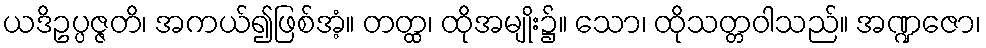
ယဒိဥပ္ပဇ္ဇတိ၊ အကယ်၍ဖြစ်အံ့။ တတ္ထ၊ ထိုအမျိုး၌။ သော၊ ထိုသတ္တဝါသည်။ အဏ္ဍဇော၊